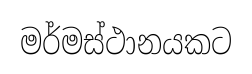
මර්මස්ථානයකට